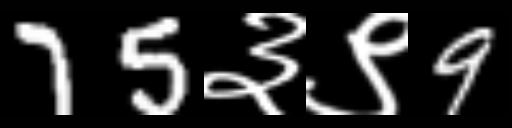
Text: 75३९9